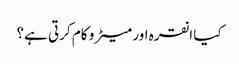
کیا انقرہ اور میٹرو کام کرتی ہے؟